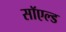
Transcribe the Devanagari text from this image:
सॉएल्ड